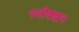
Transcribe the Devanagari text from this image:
नजीबखान